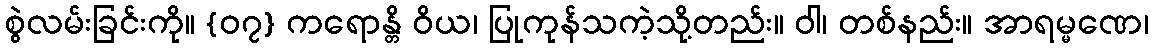
စွဲလမ်းခြင်းကို။ {၀၇} ကရောန္တိ ဝိယ၊ ပြုကုန်သကဲ့သို့တည်း။ ဝါ၊ တစ်နည်း။ အာရမ္မဏေ၊